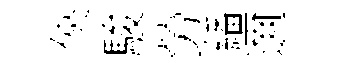
俠駿勞繙邇